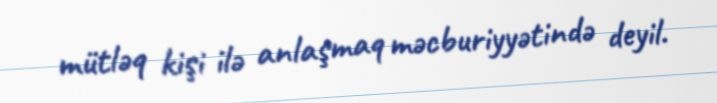
mütləq kişi ilə anlaşmaq məcburiyyətində deyil.